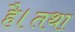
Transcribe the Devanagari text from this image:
है।तथा